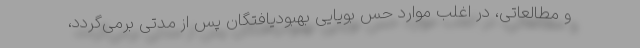
و مطالعاتی، در اغلب موارد حس بویایی بهبودیافتگان پس از مدتی برمی‌گردد،